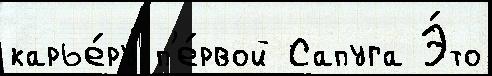
карье́ру п'е́рвой Сапуга Э́то